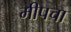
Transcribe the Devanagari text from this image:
मीपचा